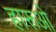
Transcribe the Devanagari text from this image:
हारूओ